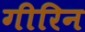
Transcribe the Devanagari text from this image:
गीरिन